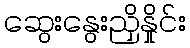
ဆွေးနွေးညှိနှိုင်း